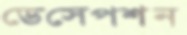
ডেসেপশন